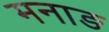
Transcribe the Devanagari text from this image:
मनाङ